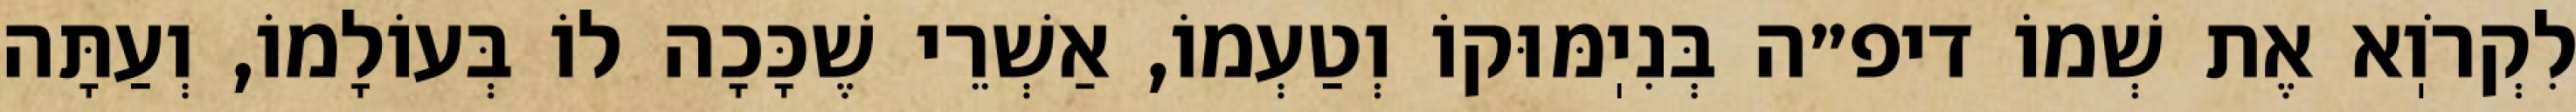
לִקְרֹוֽא אֶת שְׁמוֹ דיפ״ה בְּנִיֽמּוּקוֹ וְטַעְמוֹ, אַשְׁרֵי שֶׁכָּכָה לוֹ בְּעוֹלָמוֹ, וְעַתָּה